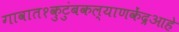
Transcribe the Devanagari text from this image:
गावात१कुटुंबकल्याणकेंद्रआहे